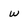
Character: w